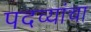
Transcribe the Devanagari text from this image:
पदव्यांचा